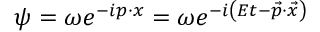
\psi = \omega e ^ { - i p \cdot x } = \omega e ^ { - i \left( E t - { \vec { p } } \cdot { \vec { x } } \right) }